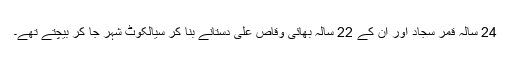
24 سالہ قمر سجاد اور ان کے 22 سالہ بھائی وقاص علی دستانے بنا کر سیالکوٹ شہر جا کر بیچتے تھے۔